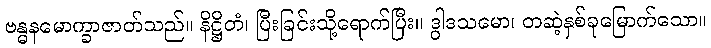
ဗန္ဓနမောက္ခာဇာတ်သည်။ နိဋ္ဌိတံ၊ ပြီးခြင်းသို့ရောက်ပြီး။ ဒွါဒသမော၊ တဆဲ့နှစ်ခုမြောက်သော။